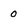
Character: 0